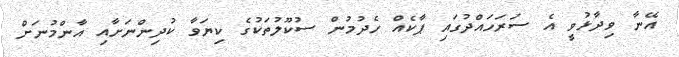
އޭނާ ވިދާޅުވީ އެ ސަރަހައްދުގައި ޕާކެއް ހެދުމުން ސުކޫލުތަކުގެ ކިޔަވާ ކުދިންނަށާއި އާންމުނަށް